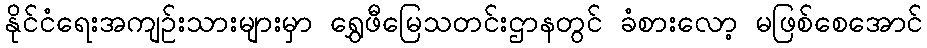
နိုင်ငံရေးအကျဉ်းသားများမှာ ရွှေဖီမြေသတင်းဌာနတွင် ခံစားလော့ မဖြစ်စေအောင်